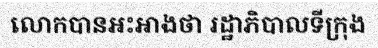
លោកបានអះអាងថា រដ្ឋាភិបាលទីក្រុង